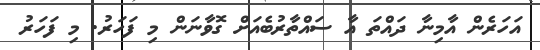
އަަހަރެން އާމިނާ ދައްތަ އާ ސައްތާރުބެއަށް ގޮވާނަން މި ފަހަރު. މި ފަހަރު